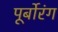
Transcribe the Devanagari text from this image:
पूर्बोरंग